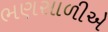
ભણસાળીએ